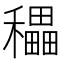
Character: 𥣬